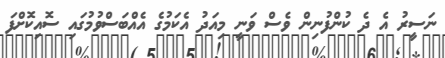
ނަސީރު އެ ދެ ކުންފުނިން ވެސް ވަނީ މިއަދު އެކަމުގެ އެއްބަސްވުމުގައި ސޮއިކޮށްފަ